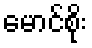
မောင်စိုး